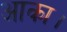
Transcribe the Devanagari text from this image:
आका।